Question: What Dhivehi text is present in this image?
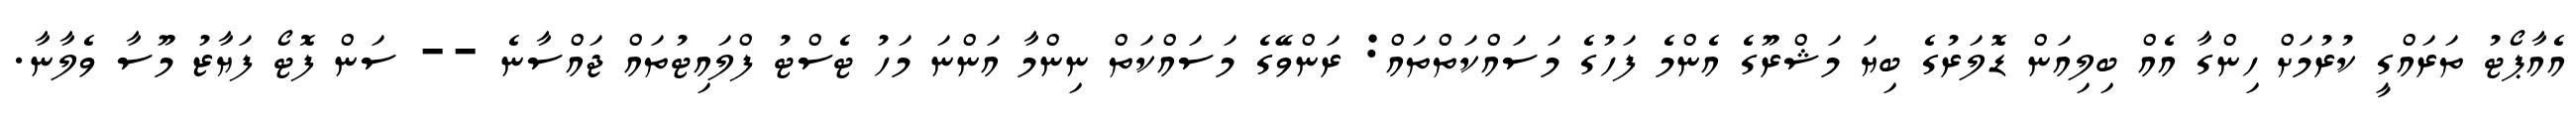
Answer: އެއާޕޯޓު ތަރައްގީ ކުރުމަށް ހިންގާ އެއް ބިލިއަން ޑޮލަރުގެ ބިޔަ މަޝްރޫގެ އެންމެ ފަހުގެ މަސައްކަތްތައް: ރަންވޭގެ މަސައްކަތް ނިންމާ އަންނަ މަހު ޓެސްޓު ފްލައިޓުތައް ޖައްސާނެ -- ސަން ފޮޓޯ ފަޔާޒު މޫސާ ވެލާނާ.